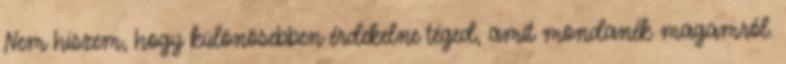
Nem hiszem, hogy különösebben érdekelne téged, amit mondanék magamról.